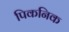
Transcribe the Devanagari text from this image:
पिकनिक